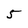
Character: 5